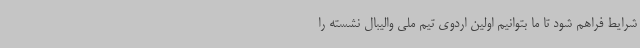
شرایط فراهم شود تا ما بتوانیم اولین اردوی تیم ملی والیبال نشسته را